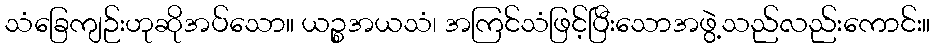
သံခြေကျဉ်းဟုဆိုအပ်သော။ ယဉ္စအယသံ၊ အကြင်သံဖြင့်ပြီးသောအဖွဲ့သည်လည်းကောင်း။